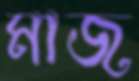
মাজ